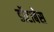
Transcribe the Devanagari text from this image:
डॉटाबेस